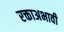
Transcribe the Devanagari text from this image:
रक्ताअभावी